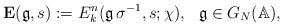
LaTeX: \begin{align*}\mathbf{E}(\mathfrak{g},s):=E^n_k(\mathfrak{g}\,\sigma^{-1},s;\chi),\,\,\,\,\mathfrak{g} \in G_N(\mathbb{A}),\end{align*}